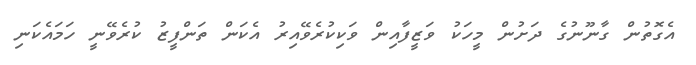
އެގޮތުން ގާނޫނުގެ ދަށުން މީހަކު ވަޒީފާއިން ވަކިކުރެވޭއިރު އެކަން ތަންފީޒު ކުރެވޭނީ ހަމައެކަނި